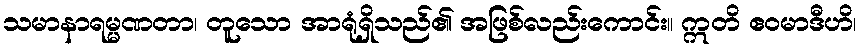
သမာနာရမ္မဏတာ၊ တူသော အာရုံရှိသည်၏ အဖြစ်လည်းကောင်း။ ဣတိ ဧဝမာဒီဟိ၊